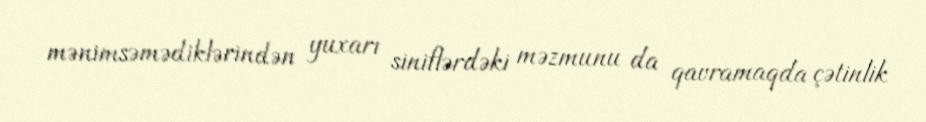
mənimsəmədiklərindən yuxarı siniflərdəki məzmunu da qavramaqda çətinlik